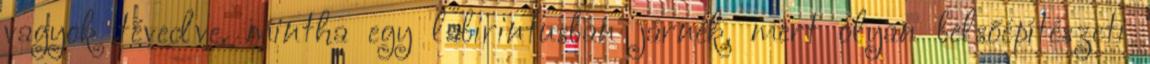
vagyok tévedve, mintha egy labirintusban járnék, mert olyan belsőépítészeti